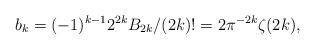
LaTeX: \begin{align*}b_k = (-1)^{k-1} 2^{2k} B_{2k} / (2k)! = 2 \pi^{-2k} \zeta(2k),\end{align*}